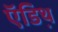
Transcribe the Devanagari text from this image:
ऍडिथ़